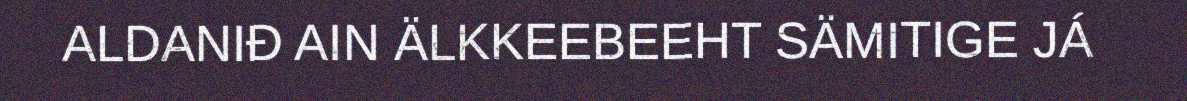
ALDANIĐ AIN ÄLKKEEBEEHT SÄMITIGE JÁ